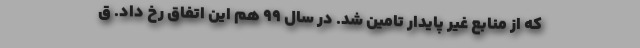
که از منابع غیر پایدار تامین شد. در سال ۹۹ هم این اتفاق رخ داد. ق